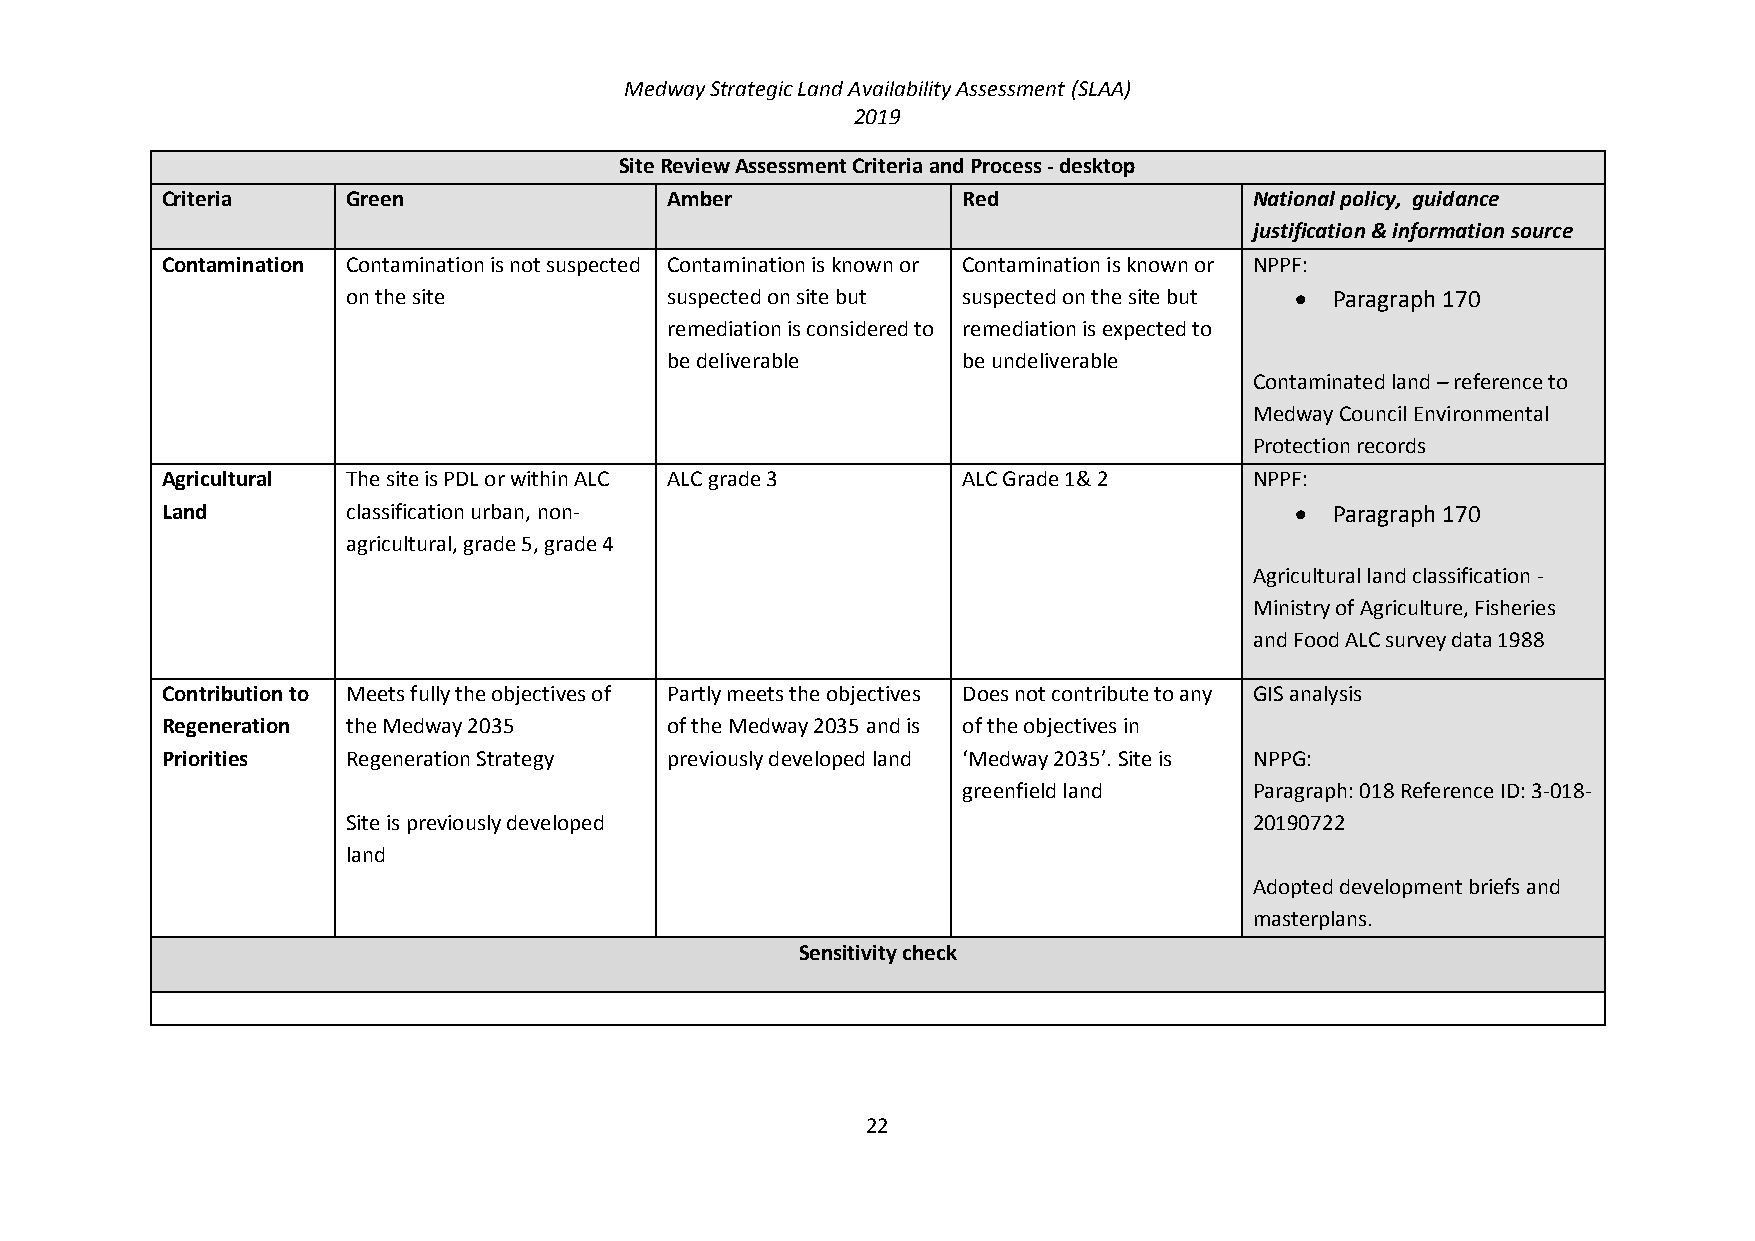
Medway Strategic Land Availability Assessment (SLAA)
 2019
 Site Review Assessment Criteria and Process - desktop
 Criteria    Green                Amber               Red                National policy, guidance
 justification & information source
 Contamination Contamination is not suspected Contamination is known or Contamination is known or NPPF:
 on the site          suspected on site but suspected on the site but  Paragraph 170
 remediation is considered to remediation is expected to
 be deliverable      be undeliverable
 Contaminated land – reference to
 Medway Council Environmental
 Protection records
 Agricultural The site is PDL or within ALC ALC grade 3 ALC Grade 1& 2   NPPF:
 Land        classification urban, non-                                      Paragraph 170
 agricultural, grade 5, grade 4
 Agricultural land classification -
 Ministry of Agriculture, Fisheries
 and Food ALC survey data 1988
 Contribution to Meets fully the objectives of Partly meets the objectives Does not contribute to any GIS analysis
 Regeneration the Medway 2035     of the Medway 2035 and is of the objectives in
 Priorities  Regeneration Strategy previously developed land ‘Medway 2035’. Site is NPPG:
 greenfield land    Paragraph: 018 Reference ID: 3-018-
 Site is previously developed                                20190722
 land
 Adopted development briefs and
 masterplans.
 Sensitivity check
 22